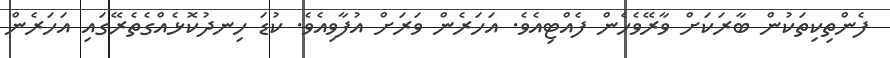
ފެންތިކިތަކުން ބާރަކަށް ވާރޭވެހެން ފެއްޓިއެވެ. އަހަރެން ވަރަށް އުފާވިއެވެ. ކުޑަ ހިނދުކޮޅެއްގެތެރޭގައި އަހަރެން